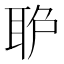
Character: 𦕔